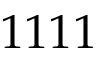
1 1 1 1